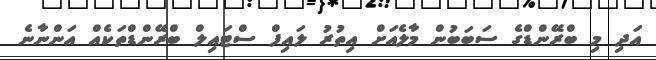
އަދި މި ބްރޭންޑްގެ ސަބަބުން މާލެއަށް އިތުރު ލައިފް ސްޓައިލް ބްރޭންޑްތަކެއް އަންނާނެ